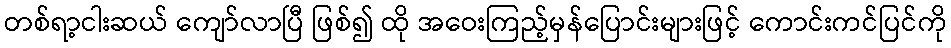
တစ်ရာ့ငါးဆယ် ကျော်လာပြီ ဖြစ်၍ ထို အဝေးကြည့်မှန်ပြောင်းများဖြင့် ကောင်းကင်ပြင်ကို